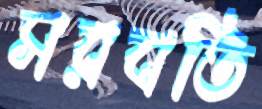
সরবতি